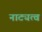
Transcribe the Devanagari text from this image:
नाट्यत्व